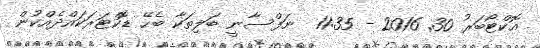
އޮކްޓޯބަރު 30